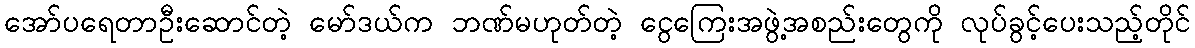
အော်ပရေတာဦးဆောင်တဲ့ မော်ဒယ်က ဘဏ်မဟုတ်တဲ့ ငွေကြေးအဖွဲ့အစည်းတွေကို လုပ်ခွင့်ပေးသည့်တိုင်